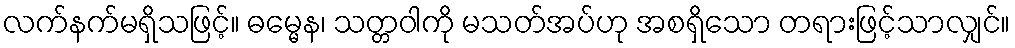
လက်နက်မရှိသဖြင့်။ ဓမ္မေန၊ သတ္တဝါကို မသတ်အပ်ဟု အစရှိသော တရားဖြင့်သာလျှင်။